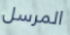
المرسل